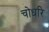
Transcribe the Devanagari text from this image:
चोधरि